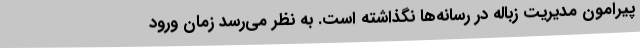
پیرامون مدیریت زباله در رسانه‌ها نگذاشته است. به نظر می‌رسد زمان ورود